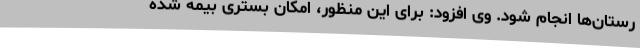
رستان‌ها انجام شود. وی افزود: برای این منظور، امکان بستری بیمه شده